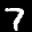
Label: 7